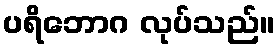
ပရိဘောဂ လုပ်သည်။